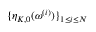
\{ \eta _ { K , 0 } ( \boldsymbol \omega ^ { ( i ) } ) \} _ { 1 \leq i \leq N }